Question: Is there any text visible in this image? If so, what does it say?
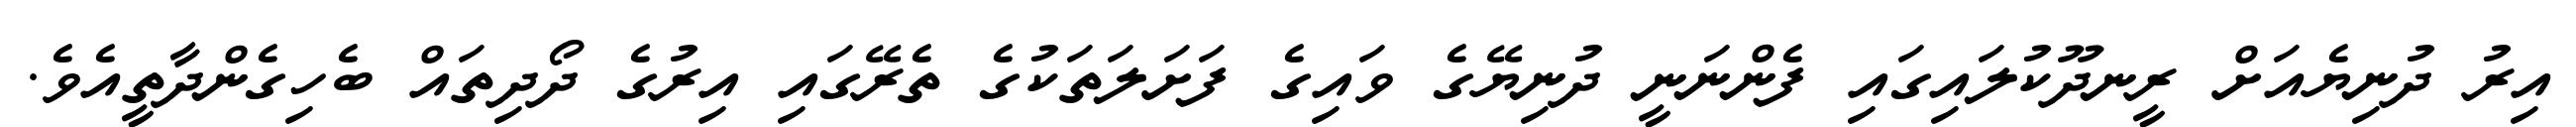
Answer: އިރު ދުނިޔެއަށް ރީނދޫކުލައިގައި ފެންނަނީ ދުނިޔޭގެ ވައިގެ ފަށަލަތަކުގެ ތެރޭގައި އިރުގެ ދޯދިތައް ބެހިގެންދާތީއެވެ.